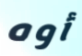
أوه